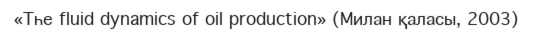
«Тһе fluid dynamics of oil production» (Милан қаласы, 2003)